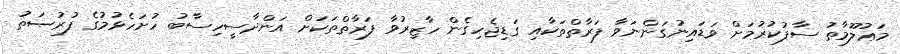
މަޢުުލޫމާތު ސާފުކުރުމަށް ވަޑައިނުގަންނަވާ ފަރާތްތަކާއި ގަޑިޖެހިގެން ހާޒިރުވާ ފަރާތްތަކަށް އަންދާސީހިސާބު ހުށަހެޅުމުގެ ފުރުޞަތު